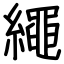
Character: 繩